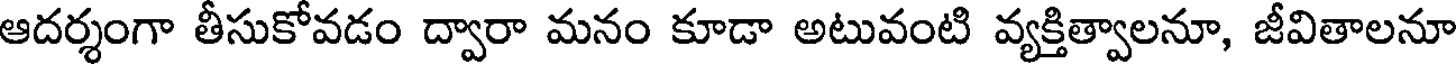
ఆదర్శంగా తీసుకోవడం ద్వారా మనం కూడా అటువంటి వ్యక్తిత్వాలనూ, జీవితాలనూ